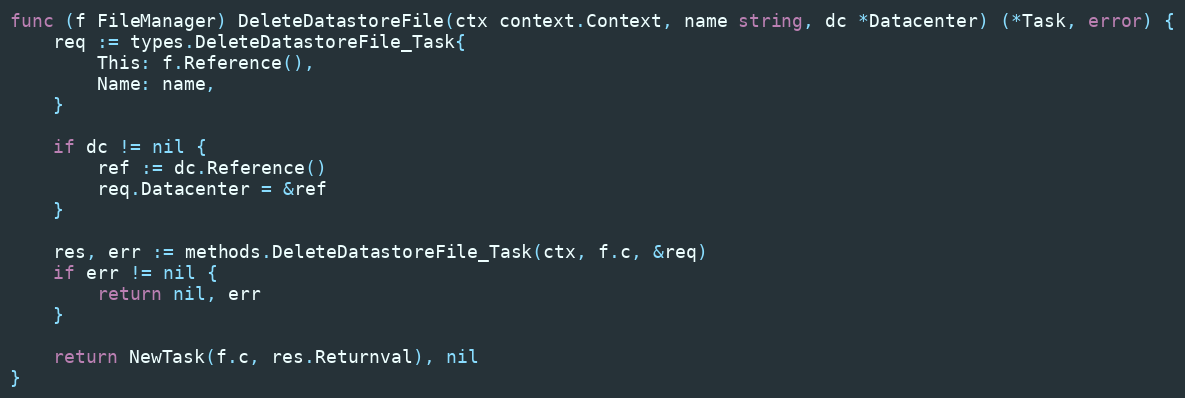
Language: Go
func (f FileManager) DeleteDatastoreFile(ctx context.Context, name string, dc *Datacenter) (*Task, error) {
	req := types.DeleteDatastoreFile_Task{
		This: f.Reference(),
		Name: name,
	}

	if dc != nil {
		ref := dc.Reference()
		req.Datacenter = &ref
	}

	res, err := methods.DeleteDatastoreFile_Task(ctx, f.c, &req)
	if err != nil {
		return nil, err
	}

	return NewTask(f.c, res.Returnval), nil
}